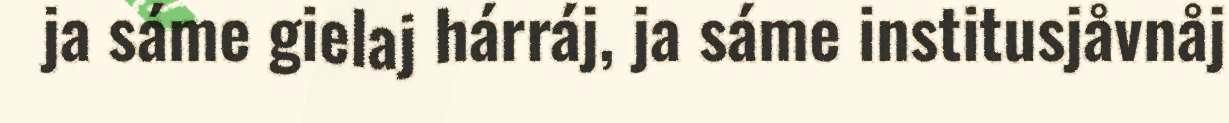
ja sáme gielaj hárráj, ja sáme institusjåvnåj